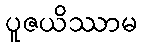
ပူဇယိဿာမ